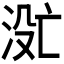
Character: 𬇮